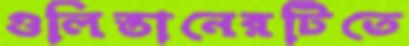
গুলিস্তানেরটিতে